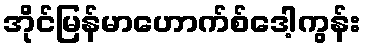
အိုင်မြန်မာဟောက်စ်ဒေါ့ကွန်း